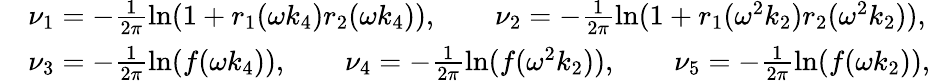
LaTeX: \begin{array}{rl}&{\nu_{1}=-\frac{1}{2\pi}\ln(1+r_{1}(\omega k_{4})r_{2}(\omega k_{4})),\qquad\nu_{2}=-\frac{1}{2\pi}\ln(1+r_{1}(\omega^{2}k_{2})r_{2}(\omega^{2}k_{2})),}\\ &{\nu_{3}=-\frac{1}{2\pi}\ln(f(\omega k_{4})),\qquad\nu_{4}=-\frac{1}{2\pi}\ln(f(\omega^{2}k_{2})),\qquad\nu_{5}=-\frac{1}{2\pi}\ln(f(\omega k_{2})),}\end{array}